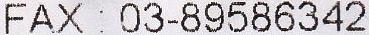
FAX : 03-89586342